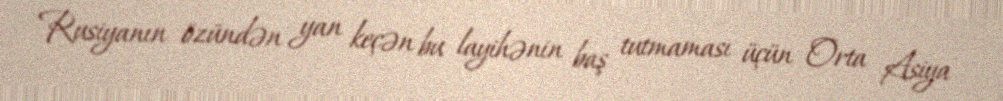
Rusiyanın özündən yan keçən bu layihənin baş tutmaması üçün Orta Asiya